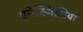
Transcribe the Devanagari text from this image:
एनेस्थिसिया